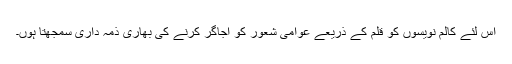
اس لئے کالم نویسوں کو قلم کے ذریعے عوامی شعور کو اجاگر کرنے کی بھاری ذمہ داری سمجھتا ہوں۔